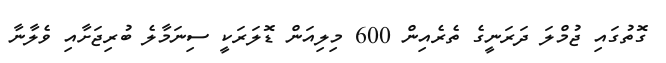
ގޮތުގައި ޖުމްލަ ދަރަނީގެ ތެރެއިން 600 މިލިއަން ޑޮލަރަކީ ސިނަމާލެ ބުރިޖަށާއި ވެލާނާ